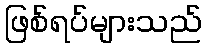
ဖြစ်ရပ်များသည်